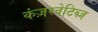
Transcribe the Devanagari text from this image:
कंज़रवेटिब्ज़